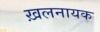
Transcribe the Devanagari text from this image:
ख़लनायक